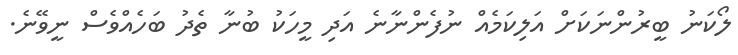
ލޯކަނު ބީރުންނަކަށް އަލިކަމެއް ނުފެންނާނެ އަދި މީހަކު ބުނާ ތެދު ބަހެއްވެސް ނީވޭނެ.